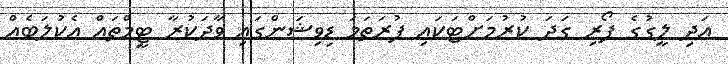
އަދި ލީގުގެ ފޯރި ގަދަ ކުރުމަށްޓަކައި ފުރަތަމަ ޑިވިޝަންގައި ވާދަކުރާ ޓީމްތައް އެކުލަބެއް